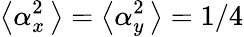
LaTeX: \left\langle\alpha_{x}^{2}\, \right\rangle=\left\langle\alpha_{y}^{2}\, \right\rangle=1/4